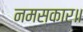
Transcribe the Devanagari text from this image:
नमस्कार॥